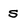
Character: S